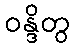
ဝန္ဒိတွ